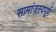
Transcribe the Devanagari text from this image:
सामांजस्यपूर्ण